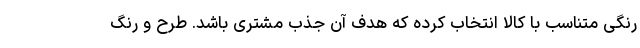
رنگی متناسب با کالا انتخاب کرده که هدف آن جذب مشتری باشد. طرح و رنگ